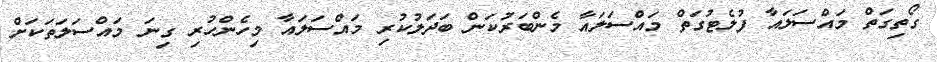
ގޯތިގަތް މައްސަލައާ ފުލެޓުގަތް މައްސަލައާ މެންބަރުކަން ބަދަލުކުރި މައްސަލައާ މިހެންހުރި ގިނަ މައްސަލަތަކަށް